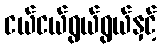
ငယ်ငယ်ရွယ်ရွယ်နှင့်